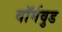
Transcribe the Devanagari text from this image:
वॉर्मवुड